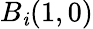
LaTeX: B_{\mathit{i}}(1,0)